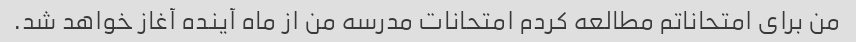
من برای امتحاناتم مطالعه کردم امتحانات مدرسه من از ماه آینده آغاز خواهد شد.